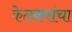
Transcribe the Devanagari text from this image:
केतकरांचा